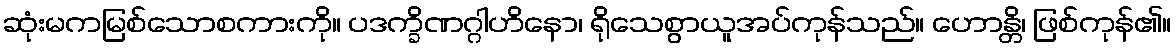
ဆုံးမကမြစ်သောစကားကို။ ပဒက္ခိဏဂ္ဂါဟိနော၊ ရိုသေစွာယူအပ်ကုန်သည်။ ဟောန္တိ၊ ဖြစ်ကုန်၏။